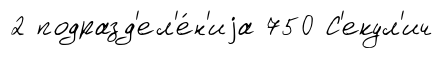
2 подразд'ел'е́н'иjа 750 С'екул'ич